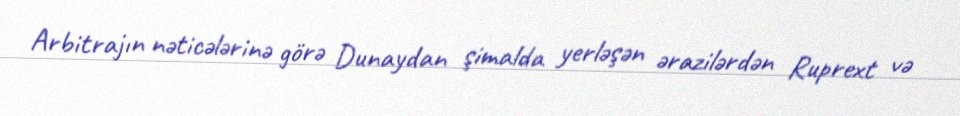
Arbitrajın nəticələrinə görə Dunaydan şimalda yerləşən ərazilərdən Ruprext və